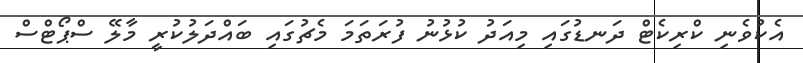
އެކުވެނި ކްރިކެޓް ދަނޑުގައި މިއަދު ކުޅުނު ފުރަތަމަ މެޗުގައި ބައްދަލުކުރީ މާލޭ ސްޕޯޓްސް